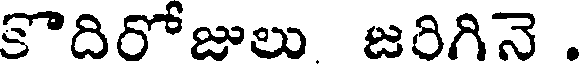
కొదిరోజులు జరిగినె .